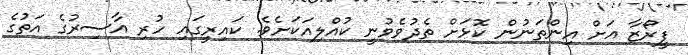
ފީރޯޒާ އަށް އިންތަނުން ކޮޅަށް ތެދުވެވުނީ ކުއްލިއަކަށެވެ. ކައިރީގައި ހުރި އާސިރުގެ އަތުގެ